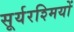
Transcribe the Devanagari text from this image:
सूर्यरश्मियों